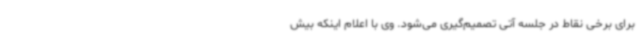
برای برخی نقاط در جلسه آتی تصمیم‌گیری می‌شود. وی با اعلام اینکه بیش